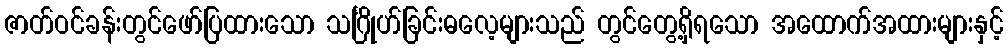
ဇာတ်ဝင်ခန်းတွင်ဖော်ပြထားသော သင်္ဂြိုဟ်ခြင်းဓလေ့များသည် တွင်တွေ့ရှိရသော အထောက်အထားများနှင့်